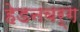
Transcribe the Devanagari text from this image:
हेडनबर्ग